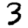
Digit: 3